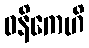
ဓနိကေဟိ